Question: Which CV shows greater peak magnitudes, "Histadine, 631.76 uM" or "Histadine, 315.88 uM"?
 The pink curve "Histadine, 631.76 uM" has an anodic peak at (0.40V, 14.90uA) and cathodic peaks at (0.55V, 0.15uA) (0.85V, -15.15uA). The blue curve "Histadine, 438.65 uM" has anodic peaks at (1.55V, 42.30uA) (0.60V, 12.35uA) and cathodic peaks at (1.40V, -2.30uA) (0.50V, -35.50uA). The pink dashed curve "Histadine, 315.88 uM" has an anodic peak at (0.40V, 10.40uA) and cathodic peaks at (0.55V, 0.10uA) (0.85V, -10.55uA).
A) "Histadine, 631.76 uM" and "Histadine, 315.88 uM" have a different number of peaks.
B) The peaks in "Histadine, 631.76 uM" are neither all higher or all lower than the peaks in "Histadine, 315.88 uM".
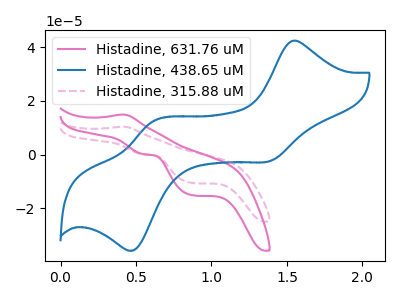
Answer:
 <answer>B) The peaks in "Histadine, 631.76 uM" are neither all higher or all lower than the peaks in "Histadine, 315.88 uM".</answer>
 <eval>B</eval>